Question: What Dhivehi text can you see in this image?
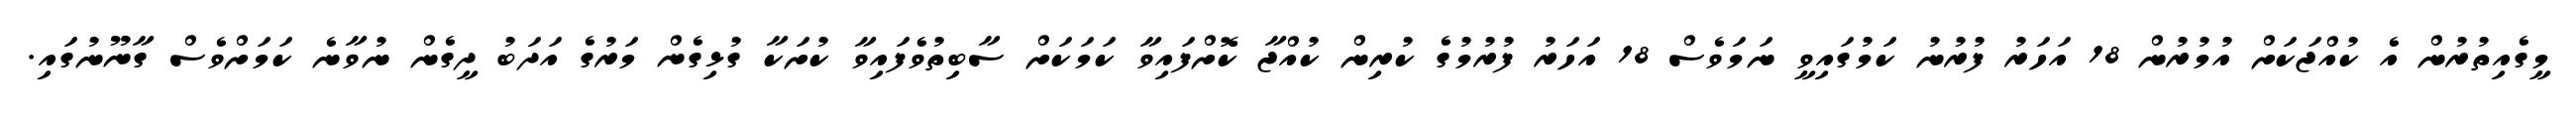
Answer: މީގެއިތުރުން އެ ކުއްޖަކަށް އުމުރުން 18 އަހަރު ފުރުނު ކަމުގައިވީ ނަމަވެސް 18 އަހަރު ފުރުމުގެ ކުރިން ކުއްޖާ ކޮށްފައިވާ ކަމަކަށް ސާބިތުވެފައިވާ ކުށަކާ ގުޅިގެން މަރުގެ އަދަބު ދީގެން ނުވާނެ ކަމަށްވެސް ގާނޫނުގައި.